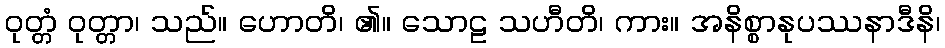
ဝုတ္တံ ဝုတ္တာ၊ သည်။ ဟောတိ၊ ၏။ သောဠ သဟီတိ၊ ကား။ အနိစ္စာနုပဿနာဒီနိ၊